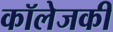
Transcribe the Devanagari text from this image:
कॉलेजकी